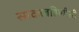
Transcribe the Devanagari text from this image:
सावत्रबहिणीशी